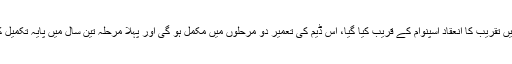
اس سلسلے میں تقریب کا انعقاد اسپنوام کے قریب کیا گیا، اس ڈیم کی تعمیر دو مرحلوں میں مکمل ہو گی اور پہلا مرحلہ تین سال میں پایہ تکمیل کو پہنچے گا۔